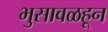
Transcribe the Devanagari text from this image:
भुसावळहून